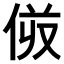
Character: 𠈼